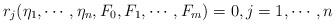
\begin{align*} r_j(\eta_1, \cdots, \eta_n, F_0, F_1, \cdots, F_m) = 0, j = 1,\cdots, n\end{align*}